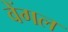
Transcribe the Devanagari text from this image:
वेंगल